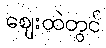
ဈေးထဲတွင်